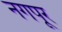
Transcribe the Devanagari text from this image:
नगपूर